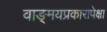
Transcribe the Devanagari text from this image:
वाङ्‌मयप्रकारापेक्षा